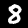
Digit: 8